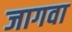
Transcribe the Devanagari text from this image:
जागवा